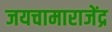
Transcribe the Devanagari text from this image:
जयचामाराजेंद्र